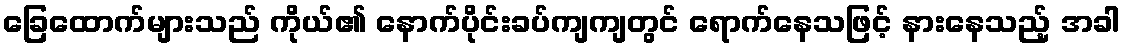
ခြေထောက်များသည် ကိုယ်၏ နောက်ပိုင်းခပ်ကျကျတွင် ရောက်နေသဖြင့် နားနေသည့် အခါ